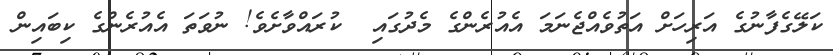
ކަލޭގެފާނުގެ އަރިހަށް އަތުވެއްޖެނަމަ އެއުރެންގެ މެދުގައި  ކުރައްވާށެވެ! ނުވަތަ އެއުރެންގެ ކިބައިން